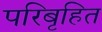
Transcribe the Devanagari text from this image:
परिबृहित